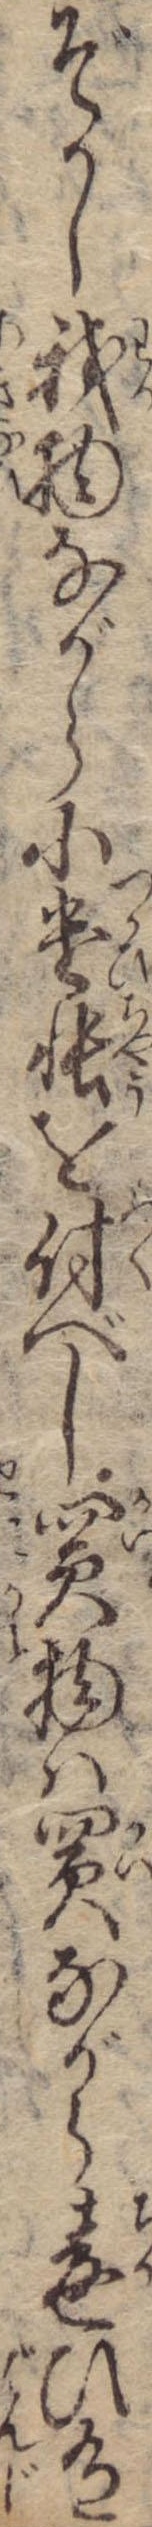
ぞかし我物ながら小遣帳を付べし買物は買ながら違ひ有